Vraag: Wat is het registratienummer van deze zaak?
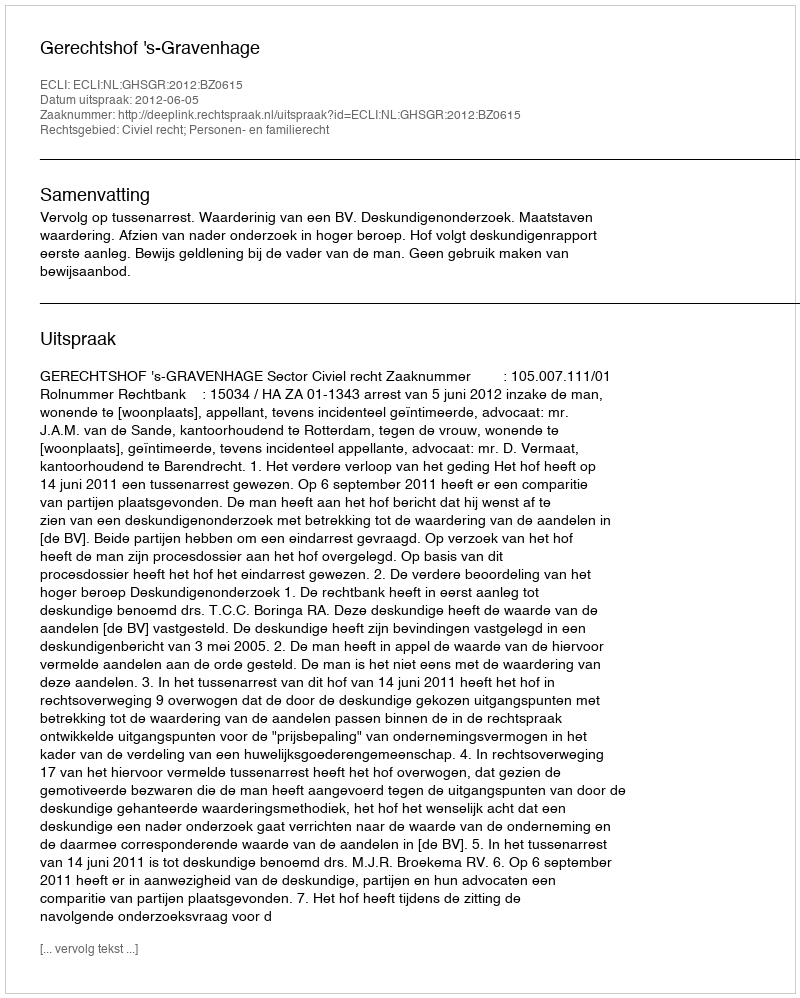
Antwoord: http://deeplink.rechtspraak.nl/uitspraak?id=ECLI:NL:GHSGR:2012:BZ0615